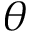
\theta